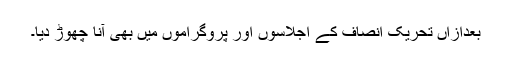
بعدازاں تحریک انصاف کے اجلاسوں اور پروگراموں میں بھی آنا چھوڑ دیا۔